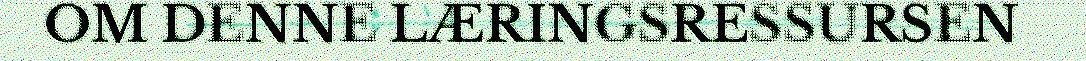
OM DENNE LÆRINGSRESSURSEN